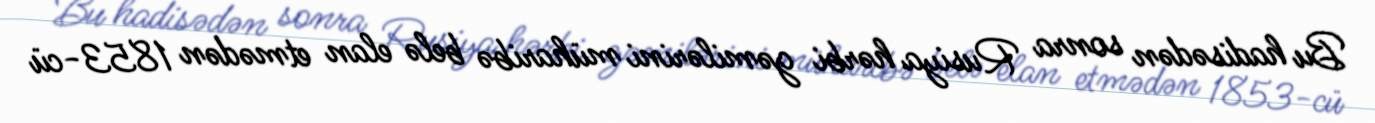
Bu hadisədən sonra Rusiya hərbi gəmilərini müharibə belə elan etmədən 1853-cü